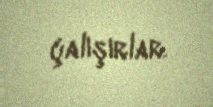
çalışırlar.